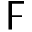
\digamma